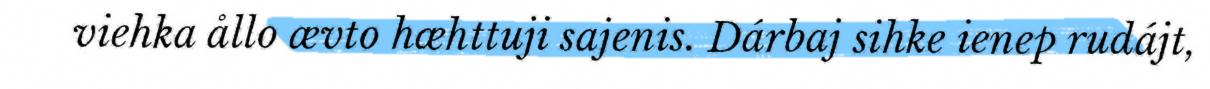
viehka ållo ævto hæhttuji sajenis. Dárbaj sihke ienep rudájt,